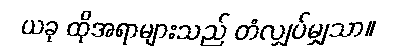
ယခု ထိုအရာများသည် တံလျှပ်မျှသာ။